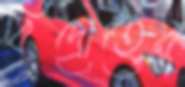
বিদ্রোহের